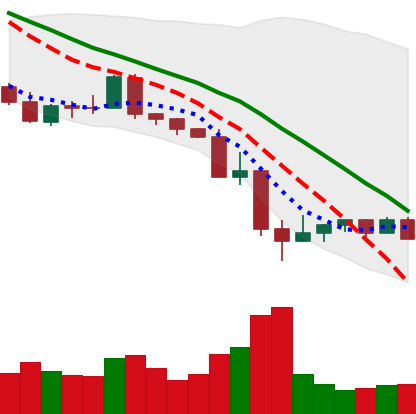
Ticker: NEO-USD
Chart end date: 2022-05-18
Forward return: 14.543%
Label: up_7plus